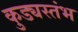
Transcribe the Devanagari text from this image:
कुड्यस्तंभ